Medical and sanitary report of the native army of Bengal for the year
Year: 1876
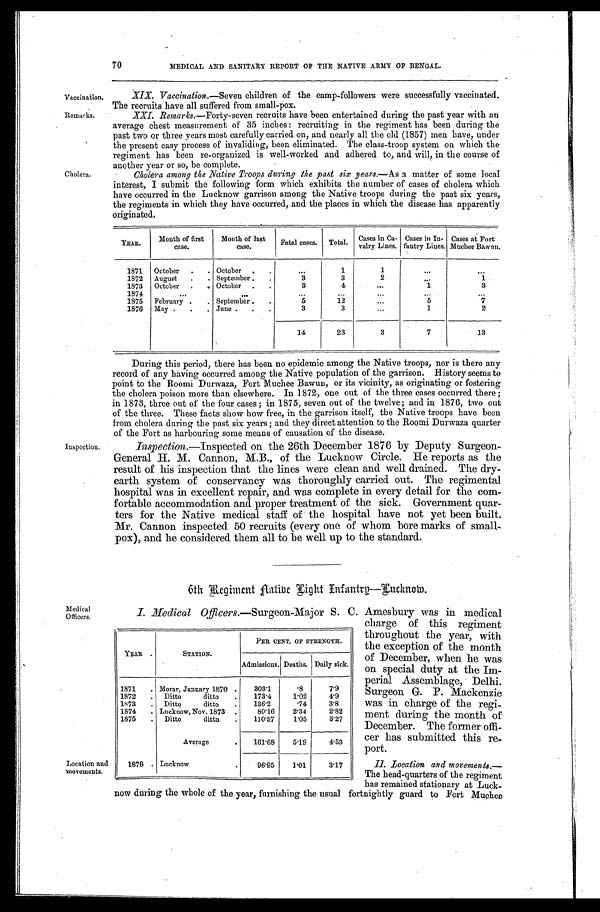
Vaccination.
Remarks.
70
MEDICAL AND SANITARY REPORT OF THE NATIVE ARMY OF BENGAL.
Cholera.
XIX. Vaccination.—Seven children of the camp-followers were successfully vaccinated.
The recruits have all suffered from small-pox.
XXI. Remarks. —Forty-seven recruits have been entertained during the past year with an
average chest measurement of 35 inches : recruiting in the regiment has been during the
past two or three years most carefully carried on, and nearly all the old (1857) men have, under
the present easy process of invaliding, been eliminated. The class-troop system on which the
regiment has been re-organized is well-worked and adhered to, and will, in the course of
another year or so, be complete.
Cholera among the Native Troops during the past six years. —As a matter of some local
interest, I submit the following form which exhibits the number of cases of cholera which
have occurred in the Lucknow garrison among the Native troops during the past six years,
the regiments in which they have occurred, and the places in which the disease has apparently
originated.
YEAR.
Month of first
case.
Month of last
case.
Fatal cases. Total. Cases in Ca-
valry Lines.
Cases in In-
fantry Lines.
Cases at Fort
Muchee Bawun.
1871 October .
. October .
.
. . .
1
1
...
. . .
1872 August
.
. September .
.
3
3
2
. . .
1
1873 October .
. October .
.
3
4
. . .
1
3
1874
...
. . .
. . .
...
...
. . .
...
1875 February .
. September .
.
5
12
...
5
7
1876 May .
.
. June .
. .
3
3
...
1
2
14
23
3
7
13
Inspection.
During this period, there has been no epidemic among the Native troops, nor is there any
record of any having occurred among the Native population of the garrison. History seems to
point to the Roomi Durwaza, Fort Muchee Bawun, or its vicinity, as originating or fostering
the cholera poison more than elsewhere. In 1872, one out of the three cases occurred there ;
in 1873, three out of the four cases ; in 1875, seven out of the twelve; and in 1876, two out
of the three. These facts show how free, in the garrison itself, the Native troops have been
from cholera during the past six years ; and they direct attention to the Roomi Durwaza quarter
of the Fort as harbouring some means of causation of the disease.
Inspection. —Inspected on the 26th December 1876 by Deputy Surgeon-
General H. M. Cannon, M.B., of the Lucknow Circle. He reports as the
result of his inspection that the lines were clean and well drained. The dry-
earth system of conservancy was thoroughly carried out. The regimental
hospital was in excellent repair, and was complete in every detail for the com-
fortable accommodation and proper treatment of the sick. Government quar-
ters for the Native medical staff of the hospital have not yet been built.
Mr. Cannon inspected 50 recruits (every one of whom bore marks of small-
pox), and he considered them all to be well up to the standard.
6th Regiment Native Light Infantry—Lucknow.
I. Medical Officers. —Surgeon-Major S. C. Amesbury was in medical
Medical
Officers.
Location and
movements.
YEAR .
STATION.
PER CENT. OF STRENGTH.
Admissions. Deaths. Daily sick.
1871
. Morar, January 1870 .
303.1
.8
7.9
1872
. Ditto ditto
.
173.4
1.02
4.9
1873
. Ditto ditto
.
136.2
.74
3.8
1874
. Lucknow, Nov. 1873 .
80.16
2.34
2.82
1875
. Ditto ditto
.
110.57
1.05
3.27
Average
.
161.68
5.19
4.53
1876 . Lucknow
.
96.95
1.01
3.17
charge of this regiment
throughout the year, with
the exception of the month
of December, when he was
on special duty at the Im-
perial Assemblage, Delhi.
Surgeon G. P. Mackenzie
was in charge of the regi-
ment during the month of
December. The former offi-
cer has submitted this re-
port.
II. Location and movements.
— T h e h e a d - q u a r t e r s o f t h e r e g i m e n t
has remained stationary at Luck-
now during the whole of the year, furnishing the usual fortnightly guard to Fort Muchee